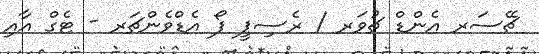
ޗޭސަރ އެންޑް ޗުވަރ / ރެސިޕީ ފޯ އެޑްވެންޗަރ - ޓެގް އާއި